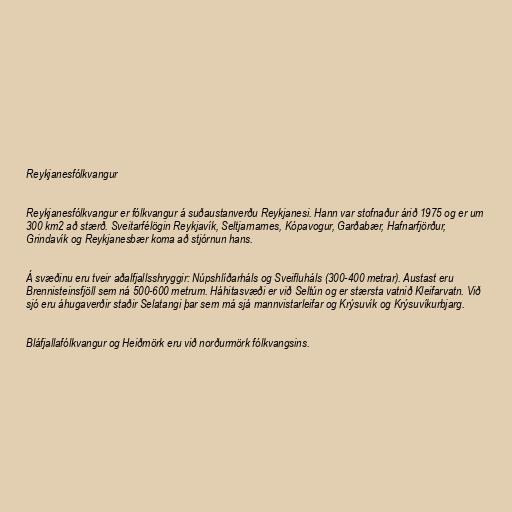
Reykjanesfólkvangur

Reykjanesfólkvangur er fólkvangur á suðaustanverðu Reykjanesi. Hann var stofnaður árið 1975 og er um
300 km2 að stærð. Sveitarfélögin Reykjavík, Seltjarnarnes, Kópavogur, Garðabær, Hafnarfjörður,
Grindavík og Reykjanesbær koma að stjórnun hans.

Á svæðinu eru tveir aðalfjallsshryggir: Núpshlíðarháls og Sveifluháls (300-400 metrar). Austast eru
Brennisteinsfjöll sem ná 500-600 metrum. Háhitasvæði er við Seltún og er stærsta vatnið Kleifarvatn. Við
sjó eru áhugaverðir staðir Selatangi þar sem má sjá mannvistarleifar og Krýsuvík og Krýsuvíkurbjarg.

Bláfjallafólkvangur og Heiðmörk eru við norðurmörk fólkvangsins.